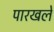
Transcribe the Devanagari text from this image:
पारखले